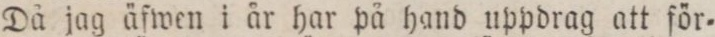
Då jag äfwen i år har på hand uppdrag att för=